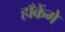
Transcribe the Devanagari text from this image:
हाँकेंगे